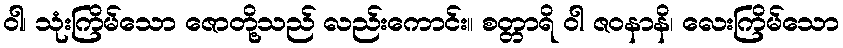
ဝါ၊ သုံးကြိမ်သော ဇောတို့သည် လည်းကောင်း။ စတ္တာရိ ဝါ ဇဝနာနိ၊ လေးကြိမ်သော